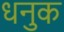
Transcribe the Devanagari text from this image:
धनुक